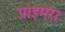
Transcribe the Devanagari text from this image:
प्राइमरा